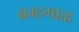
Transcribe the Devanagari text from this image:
ब्रम्हगाळ